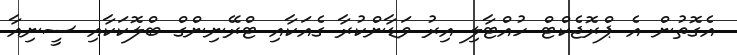
އެގޮތުން އެ ޕްރޮޖެކްޓް ހުއްޓާލި އިރު ވަޑާންކުރާ ގެއަކާއި ޓްރޭނިންގް ބްލޮކަކާއި ސީނިއާ